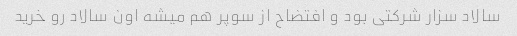
سالاد سزار شرکتی بود و افتضاح از سوپر هم میشه اون سالاد رو خرید